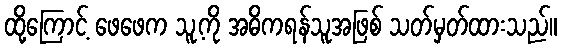
ထို့ကြောင့် ဖေဖေက သူ့ကို အဓိကရန်သူအဖြစ် သတ်မှတ်ထားသည်။